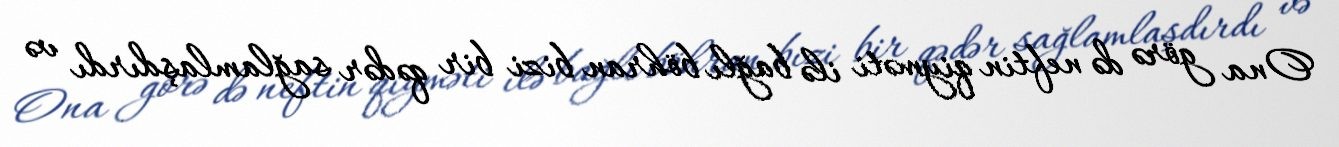
Ona görə də neftin qiyməti ilə bağlı böhran bizi bir qədər sağlamlaşdırdı və